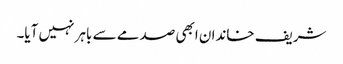
شریف خاندان ابھی صدمے سے باہر نہیں آیا۔